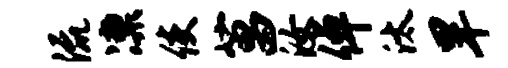
流凛使菖汝倬汰旱